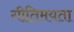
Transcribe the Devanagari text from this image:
गीतिमयता